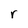
Character: r